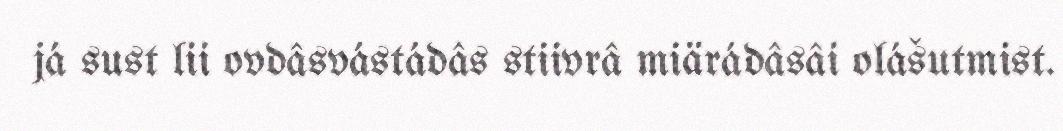
já sust lii ovdâsvástádâs stiivrâ miärádâsâi olášutmist.